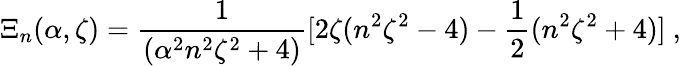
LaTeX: \Xi_{n}(\alpha,\zeta)=\frac{1}{(\alpha^{2}n^{2}\zeta^{2}+4)}[2\zeta(n^{2}\zeta^{2}-4)-\frac{1}{2}(n^{2}\zeta^{2}+4)]\ ,